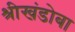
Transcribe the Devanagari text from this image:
श्रीखंडोबा